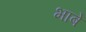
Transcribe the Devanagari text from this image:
भाबे